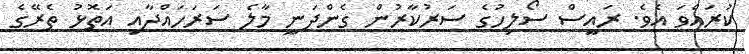
ކުރައްވަ އެވެ. ރައީސް ސޯލިހުގެ ސަރުކާރުން ގެންދަނީ މާލެ ސަރަހައްދާއި އަތޮޅު ތެރޭގެ